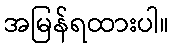
အမြန်ရထားပါ။